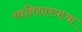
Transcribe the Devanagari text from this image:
ध्वनिशास्त्राचा